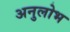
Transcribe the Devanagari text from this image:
अनुलोभ